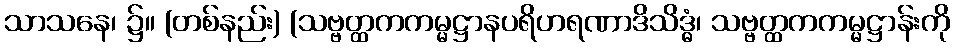
သာသနေ၊ ၌။ (တစ်နည်း) (သဗ္ဗတ္ထကကမ္မဋ္ဌာနပရိဟရဏာဒိသိဒ္ဓံ၊ သဗ္ဗတ္ထကကမ္မဋ္ဌာန်းကို